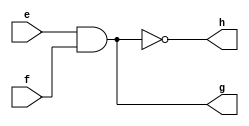


module inner(input e, input f, output g, output h);
  assign g = e & f;
  assign h = !(e&f);

endmodule

module submodule (input a, input b, output c, output d);

inner foo(.e(a),.f(b),.g(c),.h(d));

endmodule